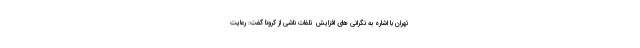
تهران با اشاره به نگرانی های افزایش تلفات ناشی از کرونا گفت: رعایت